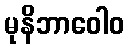
မုနိဘာဝေါဝ